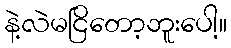
နဲ့လဲမငြိတော့ဘူးပေါ့။